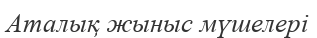
Аталық жыныс мүшелері